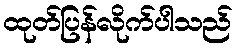
ထုတ်ပြန်လိုက်ပါသည်